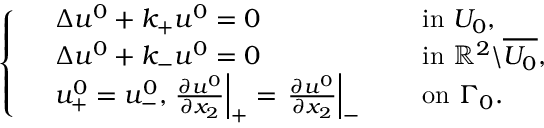
\begin{array} { r } { \left\{ \begin{array} { r l r l } & { \Delta u ^ { 0 } + k _ { + } u ^ { 0 } = 0 } & & { \mathrm { ~ i n ~ } U _ { 0 } , } \\ & { \Delta u ^ { 0 } + k _ { - } u ^ { 0 } = 0 } & & { \mathrm { ~ i n ~ } \mathbb { R } ^ { 2 } \backslash \overline { { U _ { 0 } } } , } \\ & { u _ { + } ^ { 0 } = u _ { - } ^ { 0 } , \left. \frac { \partial u ^ { 0 } } { \partial x _ { 2 } } \right| _ { + } = \left. \frac { \partial u ^ { 0 } } { \partial x _ { 2 } } \right| _ { - } } & & { \mathrm { ~ o n ~ } \Gamma _ { 0 } . } \end{array} \right. } \end{array}